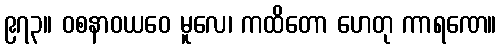
၉၇၃။ ဝစနာဝယဝေ မူလေ၊ ကထိတော ဟေတု ကာရဏေ။